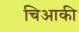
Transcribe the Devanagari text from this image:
चिआकी